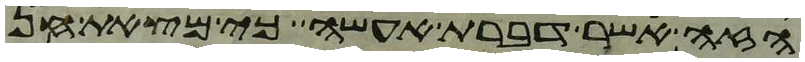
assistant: הזה אשר דברת אעשה כי מצאת חן